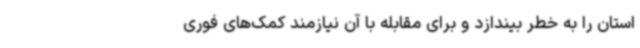
استان را به خطر بیندازد و برای مقابله با آن نیازمند کمک‌های فوری